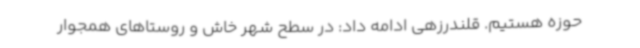
حوزه هستیم. قلندرزهی ادامه داد: در سطح شهر خاش و روستاهای همجوار